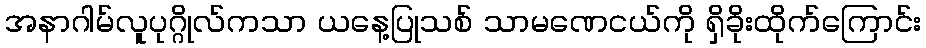
အနာဂါမ်လူပုဂ္ဂိုလ်ကသာ ယနေ့ပြုသစ် သာမဏေငယ်ကို ရှိခိုးထိုက်ကြောင်း